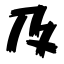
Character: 及